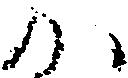
か